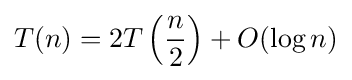
T(n)=2T\left({\frac {n}{2}}\right)+O(\log n)